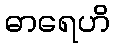
ဓာရေဟိ